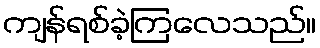
ကျန်ရစ်ခဲ့ကြလေသည်။